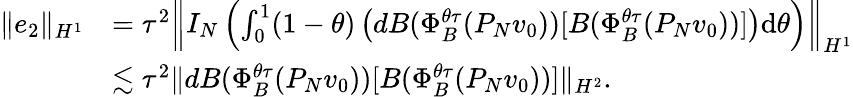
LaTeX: \begin{array}{rl}{\| e_{2}\| _{H^{1}}}&{=\tau^{2}\left\| I_{N}\left(\int_{0}^{1}(1-\theta)\left(dB(\Phi_{B}^{\theta\tau}(P_{N}v_{0}))[B(\Phi_{B}^{\theta\tau}(P_{N}v_{0}))]\right)\mathrm{d}\theta\right)\right\| _{H^{1}}}\\ &{\lesssim\tau^{2}\| dB(\Phi_{B}^{\theta\tau}(P_{N}v_{0}))[B(\Phi_{B}^{\theta\tau}(P_{N}v_{0}))]\| _{H^{2}}.}\end{array}